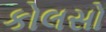
કોલસો